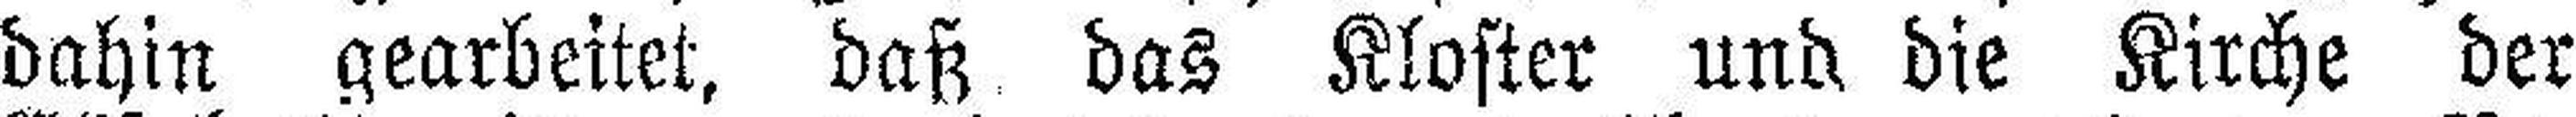
dahin gearbeitet, daß das Kloster und die Kirche der